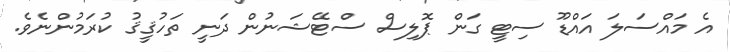
އެ މައްސަލަ އައްޑޫ ސިޓީ ގަން ޕޮލިސް ސްޓޭޝަނުން ދަނީ ތަހުޤީޤު ކުރަމުންނެވެ.